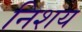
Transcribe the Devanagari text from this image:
निशय